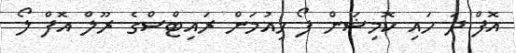
އޮފް ދަ ހައި ކޮމިޝަން ފޯ ހިއުމަން ރައިޓްސްގެ ރޫލް އޮފް ލޯ